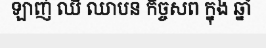
ឡាញ់ ឈី ឈាបន កិច្ចសព ក្នុង ឆ្នាំ